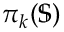
\pi _ { k } ( \mathbb { S } )